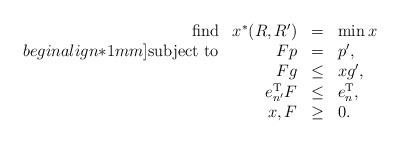
LaTeX: \begin{align*}\begin{array}{rrcl}\textrm{find} & x^*(R,R')&=&\min x\\begin{align*}1mm]\textrm{subject to} & F p &= & p',\\&F g &\leq & x g',\\&e_{n'}^{\rm T}F&\leq &e_{n}^{\rm T},\\&x,F&\geq& 0.\end{array}\end{align*}